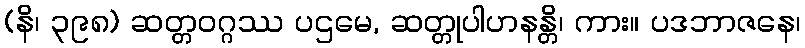
(နိ၊ ၃၉၈) ဆတ္တဝဂ္ဂဿ ပဌမေ, ဆတ္တုပါဟနန္တိ၊ ကား။ ပဒဘာဇနေ၊